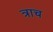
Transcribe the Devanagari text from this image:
त्राच